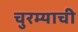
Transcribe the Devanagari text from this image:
चुरम्याची